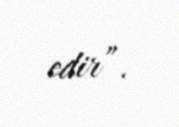
edir”.